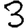
Digit: 3